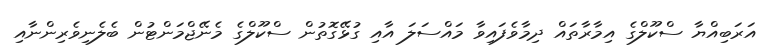
އަރަބިއްޔާ ސްކޫލްގެ އިމާރާތައް ދިމާވެފައިވާ މައްސަލަ އާއި ގުޅޭގޮތުން ސްކޫލްގެ މެނޭޖްމަންޓުން ބެލެނިވެރިންނާއި